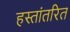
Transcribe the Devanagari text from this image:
हस्‍तांतरित